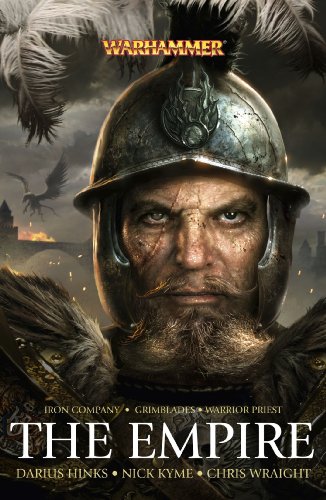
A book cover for The Empire Omnibus (Warhammer); Chris Wraight; Science Fiction & Fantasy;